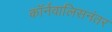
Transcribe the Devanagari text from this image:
कॉर्नवालिसनंतर